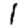
Digit: 1